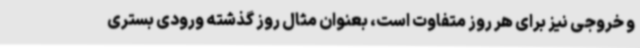
و خروجی نیز برای هر روز متفاوت است، بعنوان مثال روز گذشته ورودی بستری